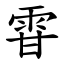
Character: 雸